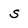
Character: s